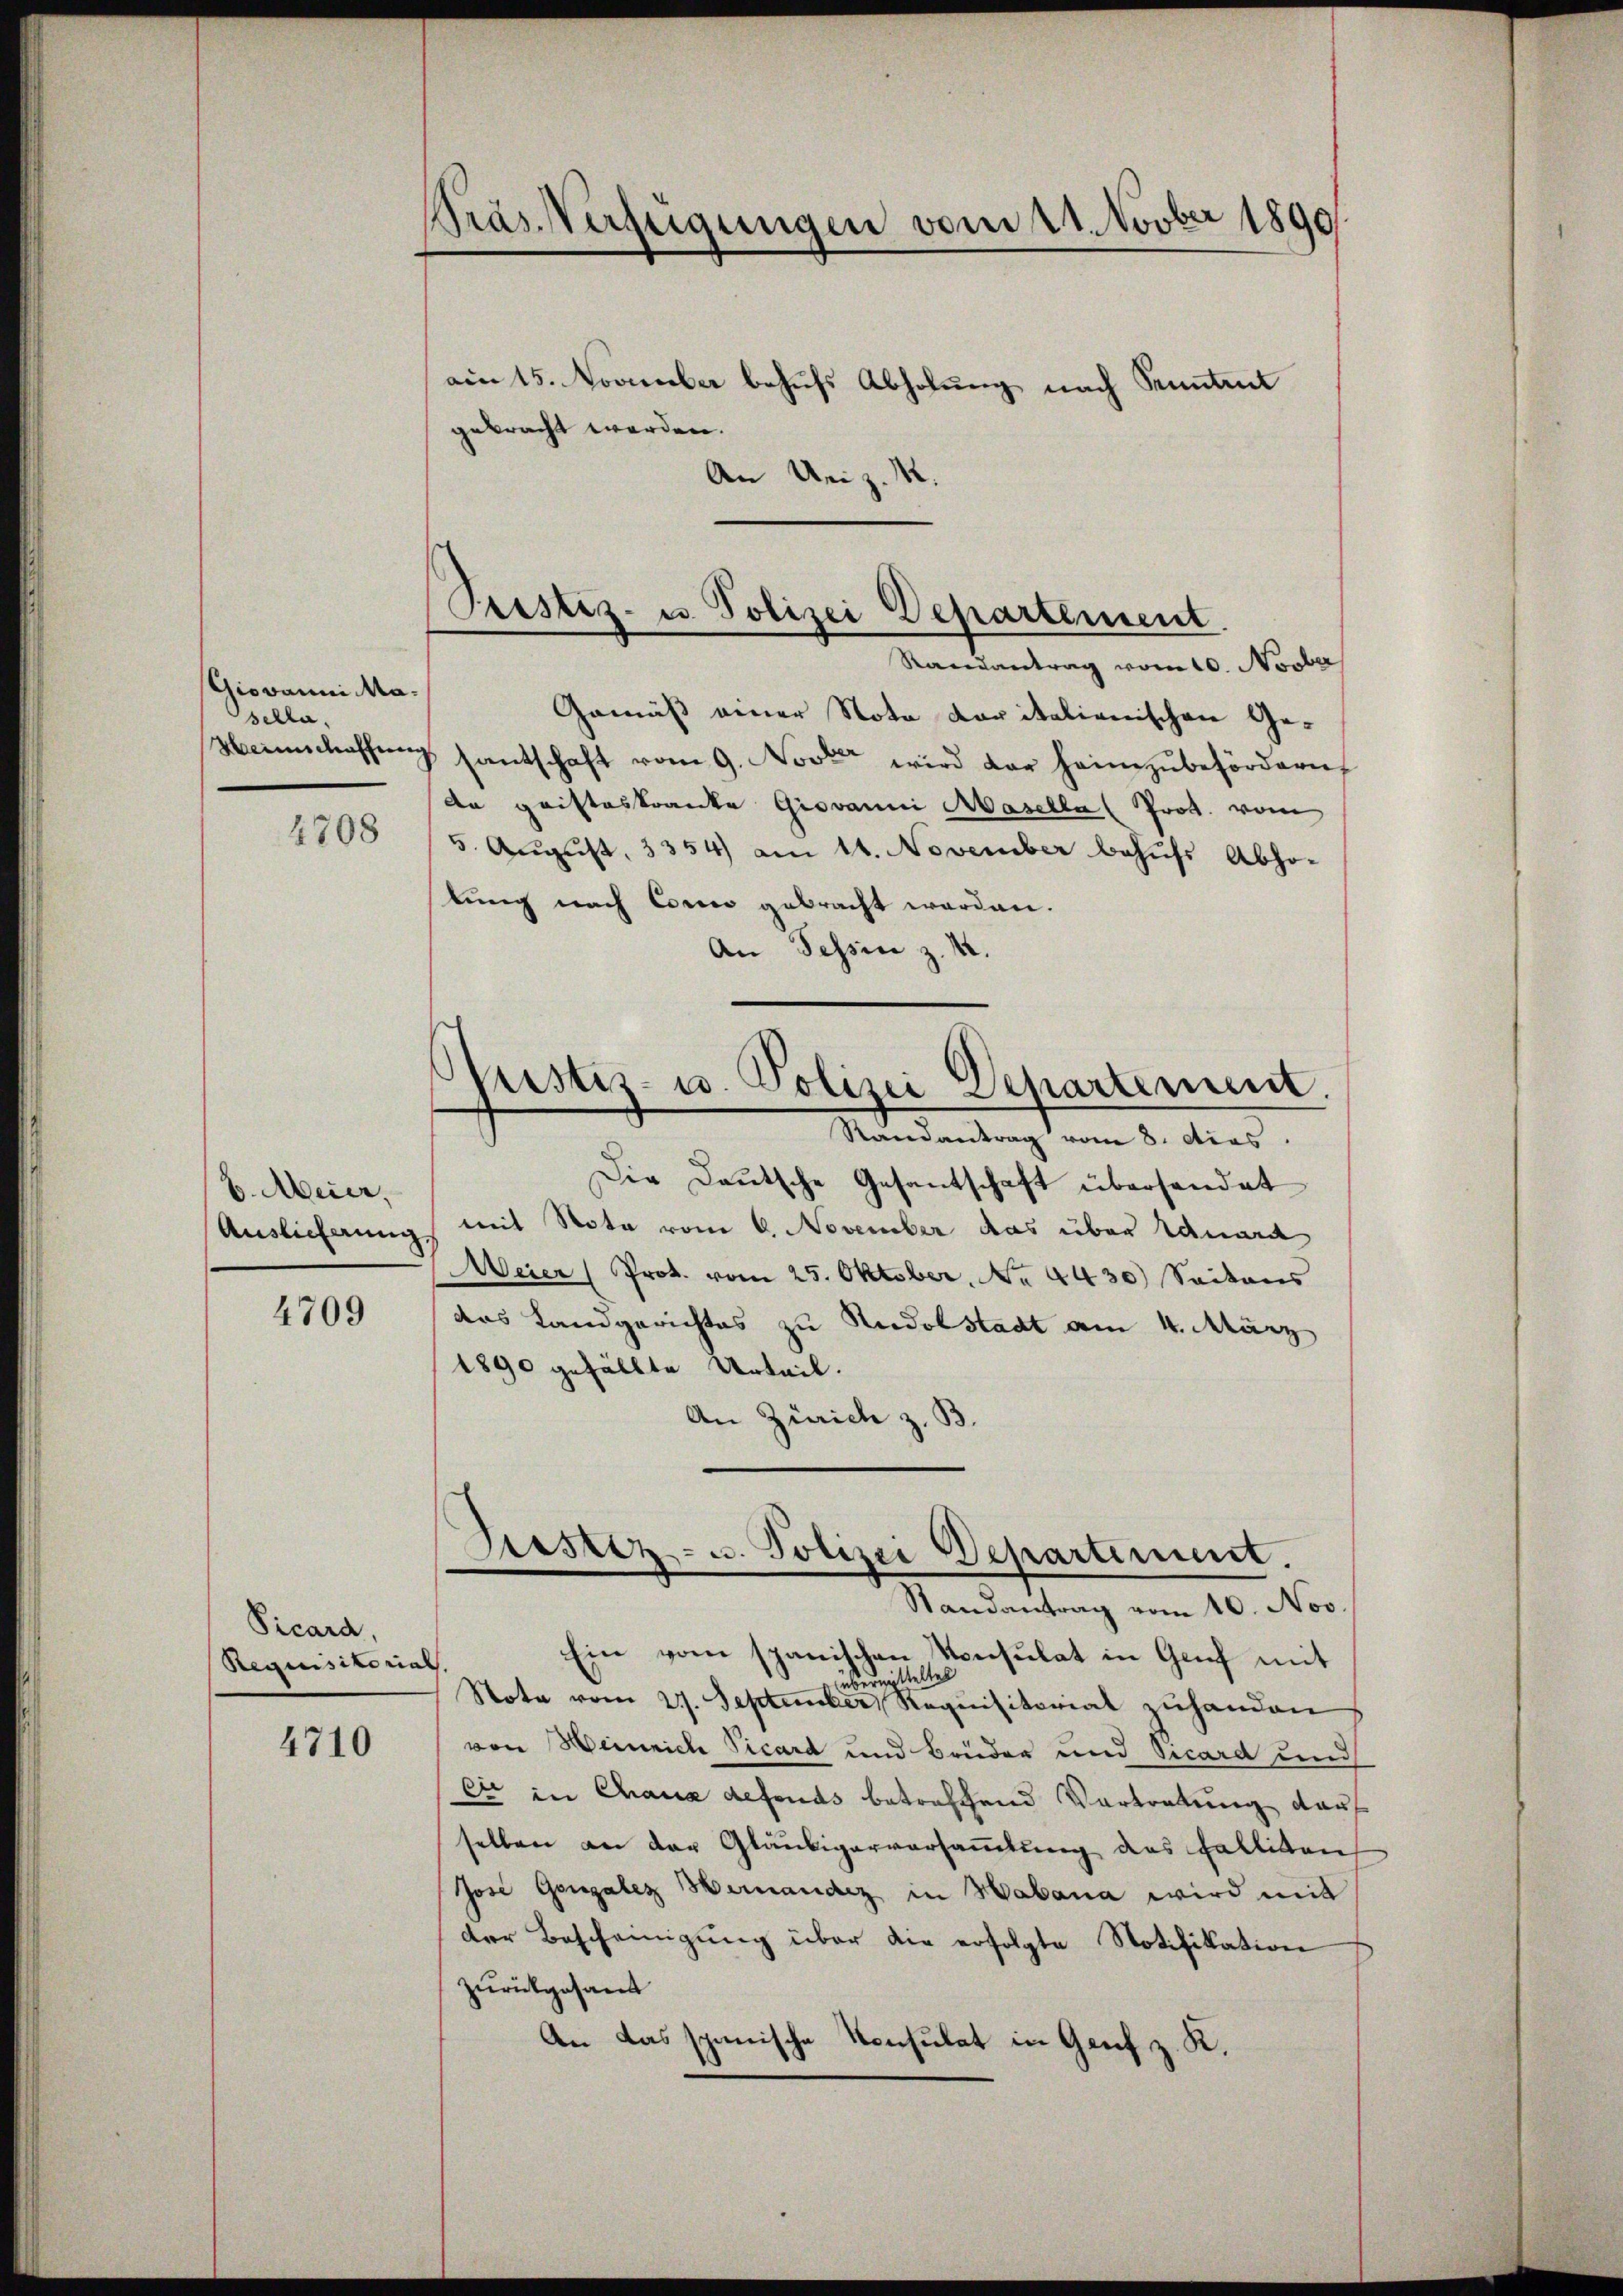
Giovanni Masella.
4708

b. Meir,
Auslieferung

4709

Vicard,
Requisitorias

4710

Pras Verfügungen vom 1. Novber 1890
am 15. November behufs Abholung nach Sentel
gebracht werden.

An Uniz. R.

Gemäß einer Nota daritalienischen Ge¬
Weinschaffung santschaft vom 9. Novter wird der heimzubehördern
da gristeskranke Giovanni Masella (Prot. vom
5. August, 3354) am 11. November behufs Abho-
lung nach Corio gebracht worden.
An Tessin z. B.
Justiz- u. Polizei Departement.
Randantrag vom 8. Acas.
Die Deutsche Gesantschaft überhandet
mit Note vom 6. November das über Eduard
Meier (Prot. vom 25. Oktober, No. 4430) Seitens
das Landgerichtes zu Rudolstadt am 4. März
1890 gefällte Urteil.
An Zürich z. B.

Ein vom spanischen Konsulat in Genf mit
.
ermitteltes
Nota vom 2. September Requisitorial zuhanden
von Weinrich Vicard und Brüder und Vicard und
ei in Chaus defends betreffend Vortretung darf
selben an der Gläubigerversammlung des Falliten
Jose Gengalez Heinander in Habana wird mit
der Bescheinigung über die erfolgte Notifikation
zurückgesandt
An das spanische Konsulat in Genf z. K.

Pristiz- u. Polizei Departement
Randantrag vom 10. Novber

Airster- u. Polizei Departement.
Randantrag vom 10. Nov.